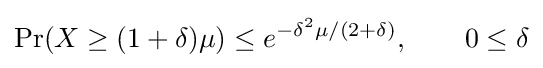
\Pr(X\geq (1+\delta )\mu )\leq e^{-\delta ^{2}\mu /(2+\delta )},\qquad 0\leq \delta